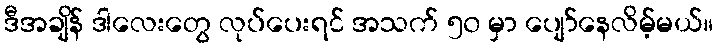
ဒီအချိန် ဒါလေးတွေ လုပ်ပေးရင် အသက် ၅၀ မှာ ပျော်နေလိမ့်မယ်။